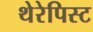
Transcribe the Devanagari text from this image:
थेरेपिस्ट